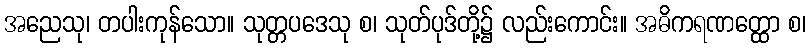
အညေသု၊ တပါးကုန်သော။ သုတ္တပဒေသု စ၊ သုတ်ပုဒ်တို့၌ လည်းကောင်း။ အဓိကရဏတ္ထော စ၊